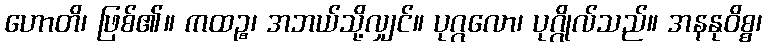
ဟောတိ၊ ဖြစ်၏။ ကထဉ္စ၊ အဘယ်သို့လျှင်။ ပုဂ္ဂလော၊ ပုဂ္ဂိုလ်သည်။ အနနုဝိစ္စ၊